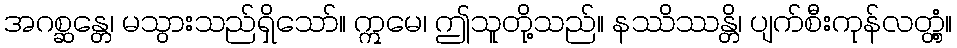
အဂစ္ဆန္တေ၊ မသွားသည်ရှိသော်။ ဣမေ၊ ဤသူတို့သည်။ နဿိဿန္တိ၊ ပျက်စီးကုန်လတ္တံ့။